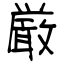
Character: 厳